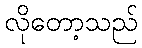
လိုတော့သည်